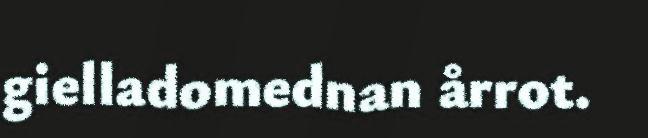
gielladomednan årrot.